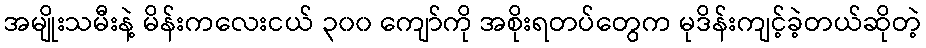
အမျိုးသမီးနဲ့ မိန်းကလေးငယ် ၃၀၀ ကျော်ကို အစိုးရတပ်တွေက မုဒိန်းကျင့်ခဲ့တယ်ဆိုတဲ့